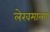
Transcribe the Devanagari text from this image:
लेखमालाएं